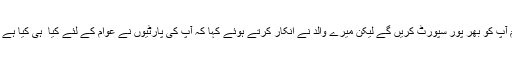
ہم آپ کو بھر پور سپورٹ کریں گے لیکن میرے والد نے انکار کرتے ہوئے کہا کہ آپ کی پارٹیوں نے عوام کے لئے کیا ِ ہی کیا ہے ؟